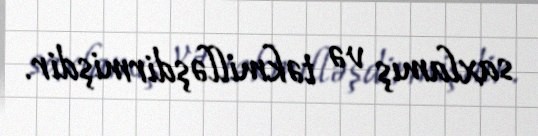
saxlamış və təkmilləşdirmişdir.